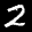
Label: 2